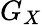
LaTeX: G_{X}